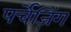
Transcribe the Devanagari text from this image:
पर्चेज़िंग